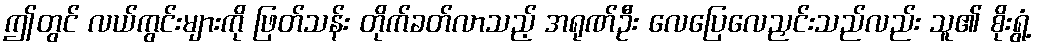
ဤတွင် လယ်ကွင်းများကို ဖြတ်သန်း တိုက်ခတ်လာသည့် အရုဏ်ဦး လေပြေလေညှင်းသည်လည်း သူ၏ စိုးရွံ့